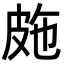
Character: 𭽤